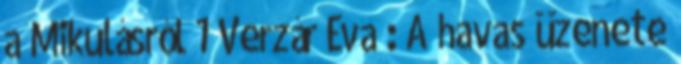
a Mikulásról 1 Verzár Éva : A havas üzenete